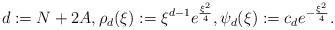
LaTeX: \begin{align*}d:=N+2A,\rho_d(\xi):=\xi^{d-1}e^{\frac{\xi^2}{4}},\psi_d(\xi):=c_de^{-\frac{\xi^2}{4}}. \end{align*}